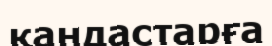
қандастарға